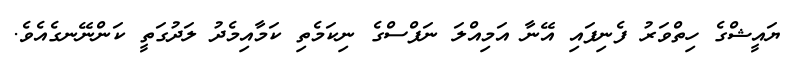
ޔައީޝްގެ ހިތްވަރު ފެނިފައި އޭނާ އަމިއްލަ ނަފްސްގެ ނިކަމެތި ކަމާއިމެދު ލަދުގަތީ ކަންނޭނގެއެވެ.